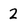
Character: 2